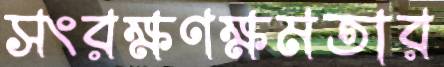
সংরক্ষণক্ষমতার